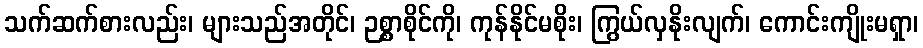
သက်ဆက်စားလည်း၊ များသည်အတိုင်၊ ဉစ္စာစိုင်ကို၊ ကုန်နိုင်မစိုး၊ ကြွယ်လှနိုးလျက်၊ ကောင်းကျိုးမရှာ၊